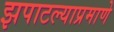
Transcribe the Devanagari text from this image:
झपाटल्याप्रमाणे